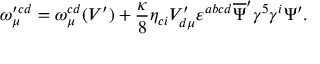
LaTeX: \omega _ { \mu } ^ { \prime c d } = \omega _ { \mu } ^ { c d } ( V ^ { \prime } ) + \frac { \kappa } { 8 } \eta _ { c i } V _ { d \mu } ^ { \prime } \varepsilon ^ { a b c d } \overline { { { \Psi } } } ^ { \prime } \gamma ^ { 5 } \gamma ^ { i } \Psi ^ { \prime } .